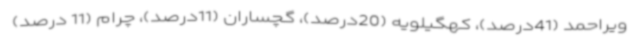
ویراحمد (41درصد)، کهگیلویه (20درصد)، گچساران (11درصد)، چرام (11 درصد)